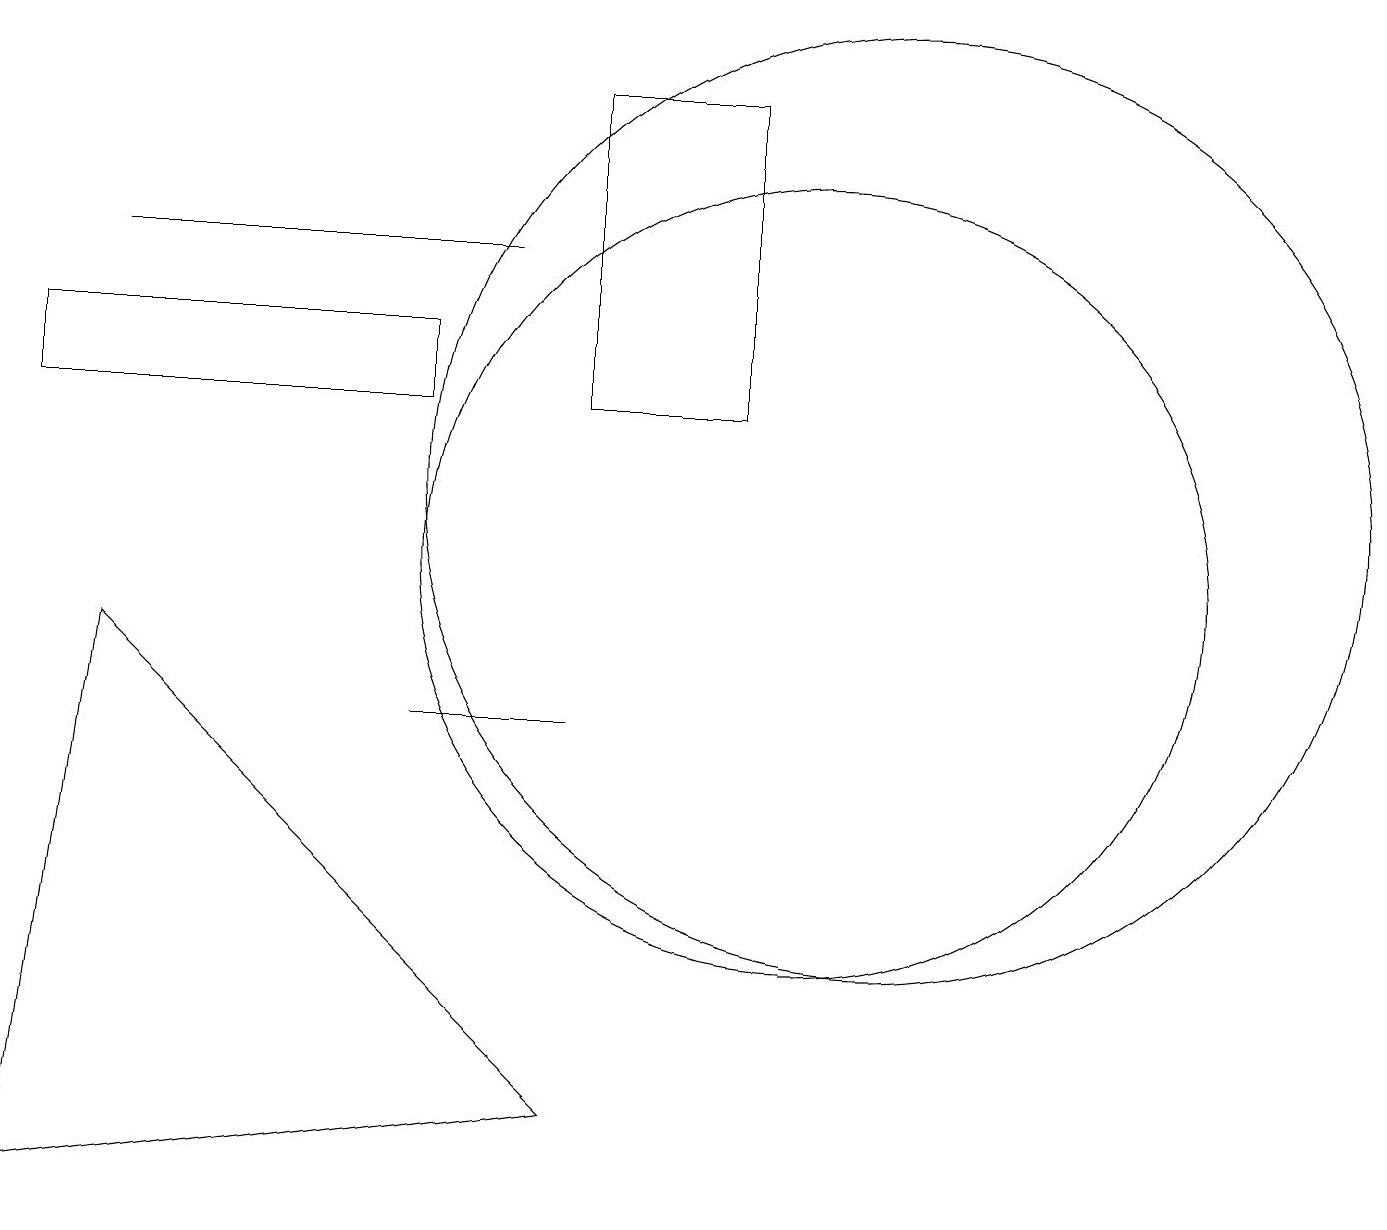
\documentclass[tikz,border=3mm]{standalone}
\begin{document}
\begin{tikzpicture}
\draw (1,9) -- (0,2) -- (7,3) -- cycle;
\draw (11,11) circle (6);
\draw (6,14) rectangle (1,14);
\draw (7,8) -- (5,8) -- (6,8) -- cycle;
\draw (10,10) circle (5);
\draw (0,13) rectangle (5,12);
\draw (9,16) rectangle (7,12);
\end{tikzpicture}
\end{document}